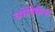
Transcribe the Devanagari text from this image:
व्योमेकेश